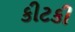
કીટકી